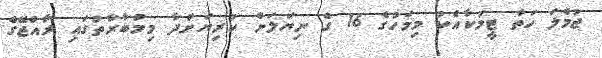
ޖުމްލަ ހަތް ޓީމަކާއެކު މިމަހުގެ 16 ގެ ނިޔަލަށް ކުރިޔަށްދާ މިމުބާރާތުގައި ރާއްޖޭގެ